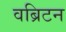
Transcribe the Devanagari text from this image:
वब्रिटन